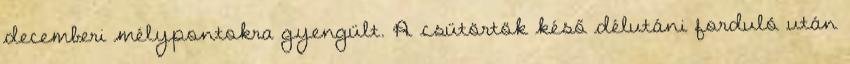
decemberi mélypontokra gyengült. A csütörtök késő délutáni forduló után